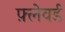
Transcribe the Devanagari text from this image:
फ़्लेवर्ड